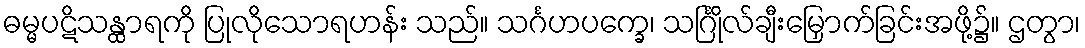
ဓမ္မပဋိသန္ထာရကို ပြုလိုသောရဟန်း သည်။ သင်္ဂဟပက္ခေ၊ သင်္ဂြိုလ်ချီးမြှောက်ခြင်းအဖို့၌။ ဌတွာ၊